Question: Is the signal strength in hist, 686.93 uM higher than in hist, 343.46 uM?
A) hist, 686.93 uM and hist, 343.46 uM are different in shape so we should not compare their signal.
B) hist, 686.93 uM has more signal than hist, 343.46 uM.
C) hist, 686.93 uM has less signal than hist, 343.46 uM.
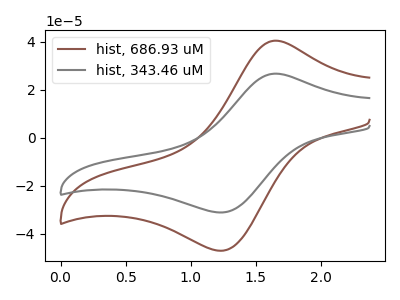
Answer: <think>The brown curve "hist, 686.93 uM" has an anodic peak at (1.65V, 40.50uA) and a cathodic peak at (1.25V, -46.90uA). The gray curve "hist, 343.46 uM" has an anodic peak at (1.65V, 26.75uA) and a cathodic peak at (1.25V, -31.00uA).
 All the peaks in "hist, 686.93 uM" have a peak in "hist, 343.46 uM" at the same potential. Every peak in "hist, 686.93 uM" is higher than every peak in "hist, 343.46 uM".</think>
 <answer>B) "hist, 686.93 uM" has more signal than "hist, 343.46 uM".</answer>
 <eval>B</eval>